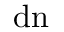
\, \mathrm { { d n } }